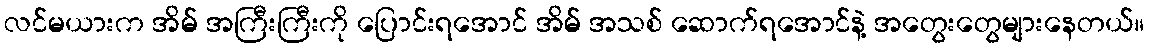
လင်မယားက အိမ် အကြီးကြီးကို ပြောင်းရအောင် အိမ် အသစ် ဆောက်ရအောင်နဲ့ အတွေးတွေများနေတယ်။